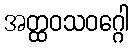
အတ္ထဝသဝဂ္ဂေါ